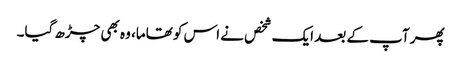
پھر آپ کے بعد ایک شخص نے اس کو تھاما، وہ بھی چڑھ گیا۔